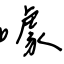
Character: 噱